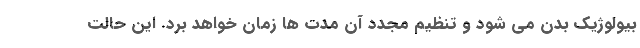
بیولوژیک بدن می ‌شود و تنظیم مجدد آن مدت ‌ها زمان خواهد برد. این حالت